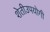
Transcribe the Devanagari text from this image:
शेतीउपयोगी